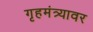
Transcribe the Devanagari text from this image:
गृहमंत्र्यावर